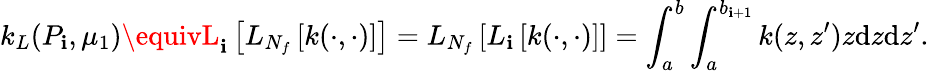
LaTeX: k_{L}(P_{\mathbf{i}},\mu_{1})\equivL_{\mathbf{i}}\left[L_{N_{f}}\left[k(\cdot,\cdot)\right]\right]=L_{N_{f}}\left[L_{\mathbf{i}}\left[k(\cdot,\cdot)\right]\right]=\int_{a}^{b}\int_{a}^{b_{\mathbf{i}+1}}k(z,z^{\prime})z\textrm{{d}}z\textrm{{d}}z^{\prime}.